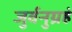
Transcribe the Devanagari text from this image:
जुर्वनुग्रहं